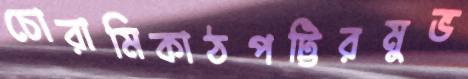
চোরামিকাঠপট্টিরমুভ